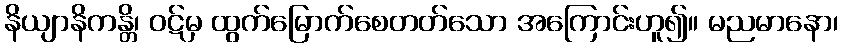
နိယျာနိကန္တိ၊ ဝဋ်မှ ထွက်မြောက်စေတတ်သော အကြောင်းဟူ၍။ မညမာနော၊